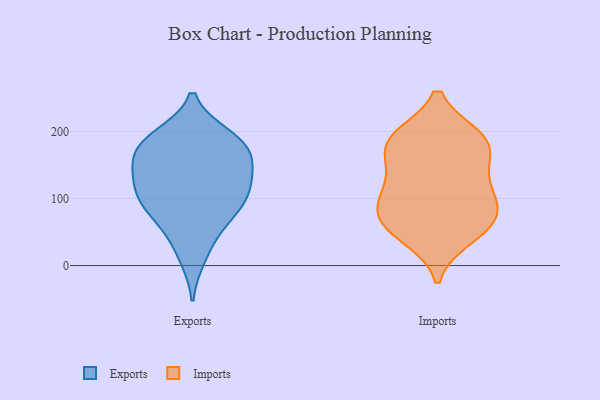
{"axis": {"x": "Tickets Resolved", "y": "Value"}, "legend": ["Exports", "Imports"], "data": [{"x": "", "y": 13, "type": "Exports"}, {"x": "", "y": 93, "type": "Exports"}, {"x": "", "y": 164, "type": "Exports"}, {"x": "", "y": 163, "type": "Exports"}, {"x": "", "y": 82, "type": "Exports"}, {"x": "", "y": 101, "type": "Exports"}, {"x": "", "y": 78, "type": "Exports"}, {"x": "", "y": 132, "type": "Exports"}, {"x": "", "y": 136, "type": "Exports"}, {"x": "", "y": 192, "type": "Exports"}, {"x": "", "y": 45, "type": "Exports"}, {"x": "", "y": 179, "type": "Exports"}, {"x": "", "y": 186, "type": "Exports"}, {"x": "", "y": 111, "type": "Exports"}, {"x": "", "y": 131, "type": "Exports"}, {"x": "", "y": 186, "type": "Exports"}, {"x": "", "y": 142, "type": "Imports"}, {"x": "", "y": 190, "type": "Imports"}, {"x": "", "y": 78, "type": "Imports"}, {"x": "", "y": 76, "type": "Imports"}, {"x": "", "y": 118, "type": "Imports"}, {"x": "", "y": 191, "type": "Imports"}, {"x": "", "y": 43, "type": "Imports"}, {"x": "", "y": 102, "type": "Imports"}, {"x": "", "y": 100, "type": "Imports"}, {"x": "", "y": 57, "type": "Imports"}, {"x": "", "y": 186, "type": "Imports"}, {"x": "", "y": 162, "type": "Imports"}, {"x": "", "y": 56, "type": "Imports"}, {"x": "", "y": 185, "type": "Imports"}]}